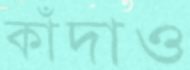
কাঁদাও